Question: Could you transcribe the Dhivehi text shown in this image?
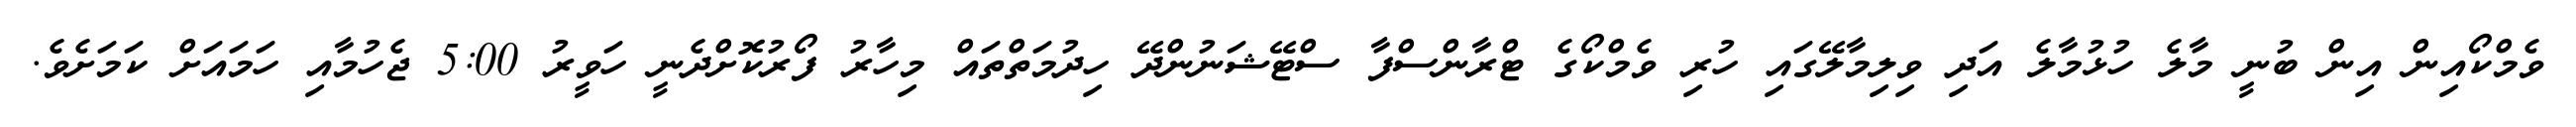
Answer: ވެމްކޯއިން އިން ބުނީ މާލެ ހުޅުމާލެ އަދި ވިލިމާލޭގައި ހުރި ވެމްކޯގެ ޓްރާންސްފާ ސްޓޭޝަނުންދޭ ހިދުމަތްތައް މިހާރު ފޯރުކޮށްދެނީ ހަވީރު 5:00 ޖެހުމާއި ހަމައަށް ކަމަށެވެ.